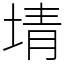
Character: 埥